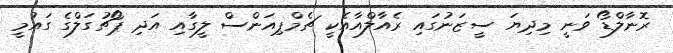
ރޮނާލްޑޯ ވަނީ މިދިޔަ ސީޒަނުގައި ރެއާލްއާއެކީ ޗެމްޕިއަންސް ލީގާއި އަދި ޕޯޗުގަލްގެ ގައުމީ